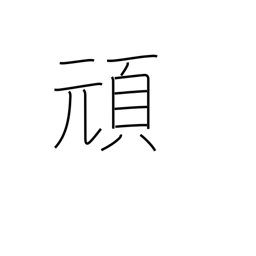
Meaning: stubborn